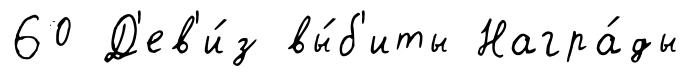
60 Д'ев'и́з вы́б'иты Награ́ды